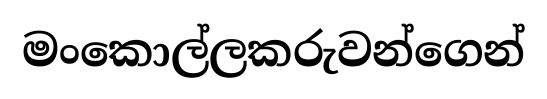
මංකොල්ලකරුවන්ගෙන්